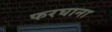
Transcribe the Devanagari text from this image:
फरघाना